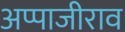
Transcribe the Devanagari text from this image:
अप्पाजीराव